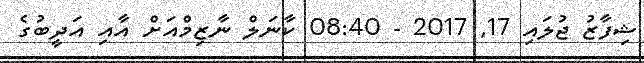
ޝިފާޒު ޖުލައި 17